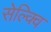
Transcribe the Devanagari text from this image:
सेल्क्वि